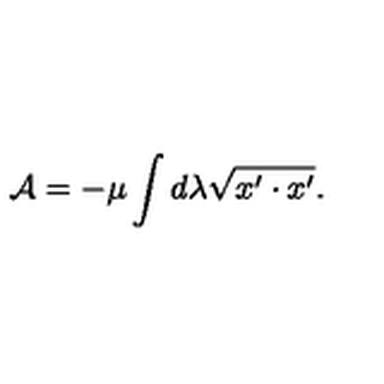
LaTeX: { \cal A } = - \mu \int d \lambda \sqrt { { x ^ { \prime } } \cdot { x ^ { \prime } } } .